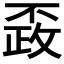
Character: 𰀚